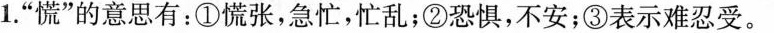
1.”慌”的意思有：①慌张，急忙，忙乱；②恐惧，不安；③表示难忍受。